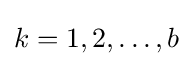
k=1,2,\dots ,b